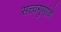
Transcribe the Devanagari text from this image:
सत्त्वगुणांचे